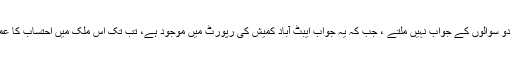
جب تک پہلے دو سوالوں کے جواب نہیں ملتے ، جب کہ یہ جواب ایبٹ آباد کمیش کی رپورٹ میں موجود ہے، تب تک اس ملک میں احتساب کا عمل ناممکن ہے۔